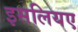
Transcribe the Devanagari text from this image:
इसलियए